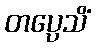
တပ္ပေသိံ